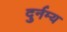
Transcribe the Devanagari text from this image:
दुर्नम्य